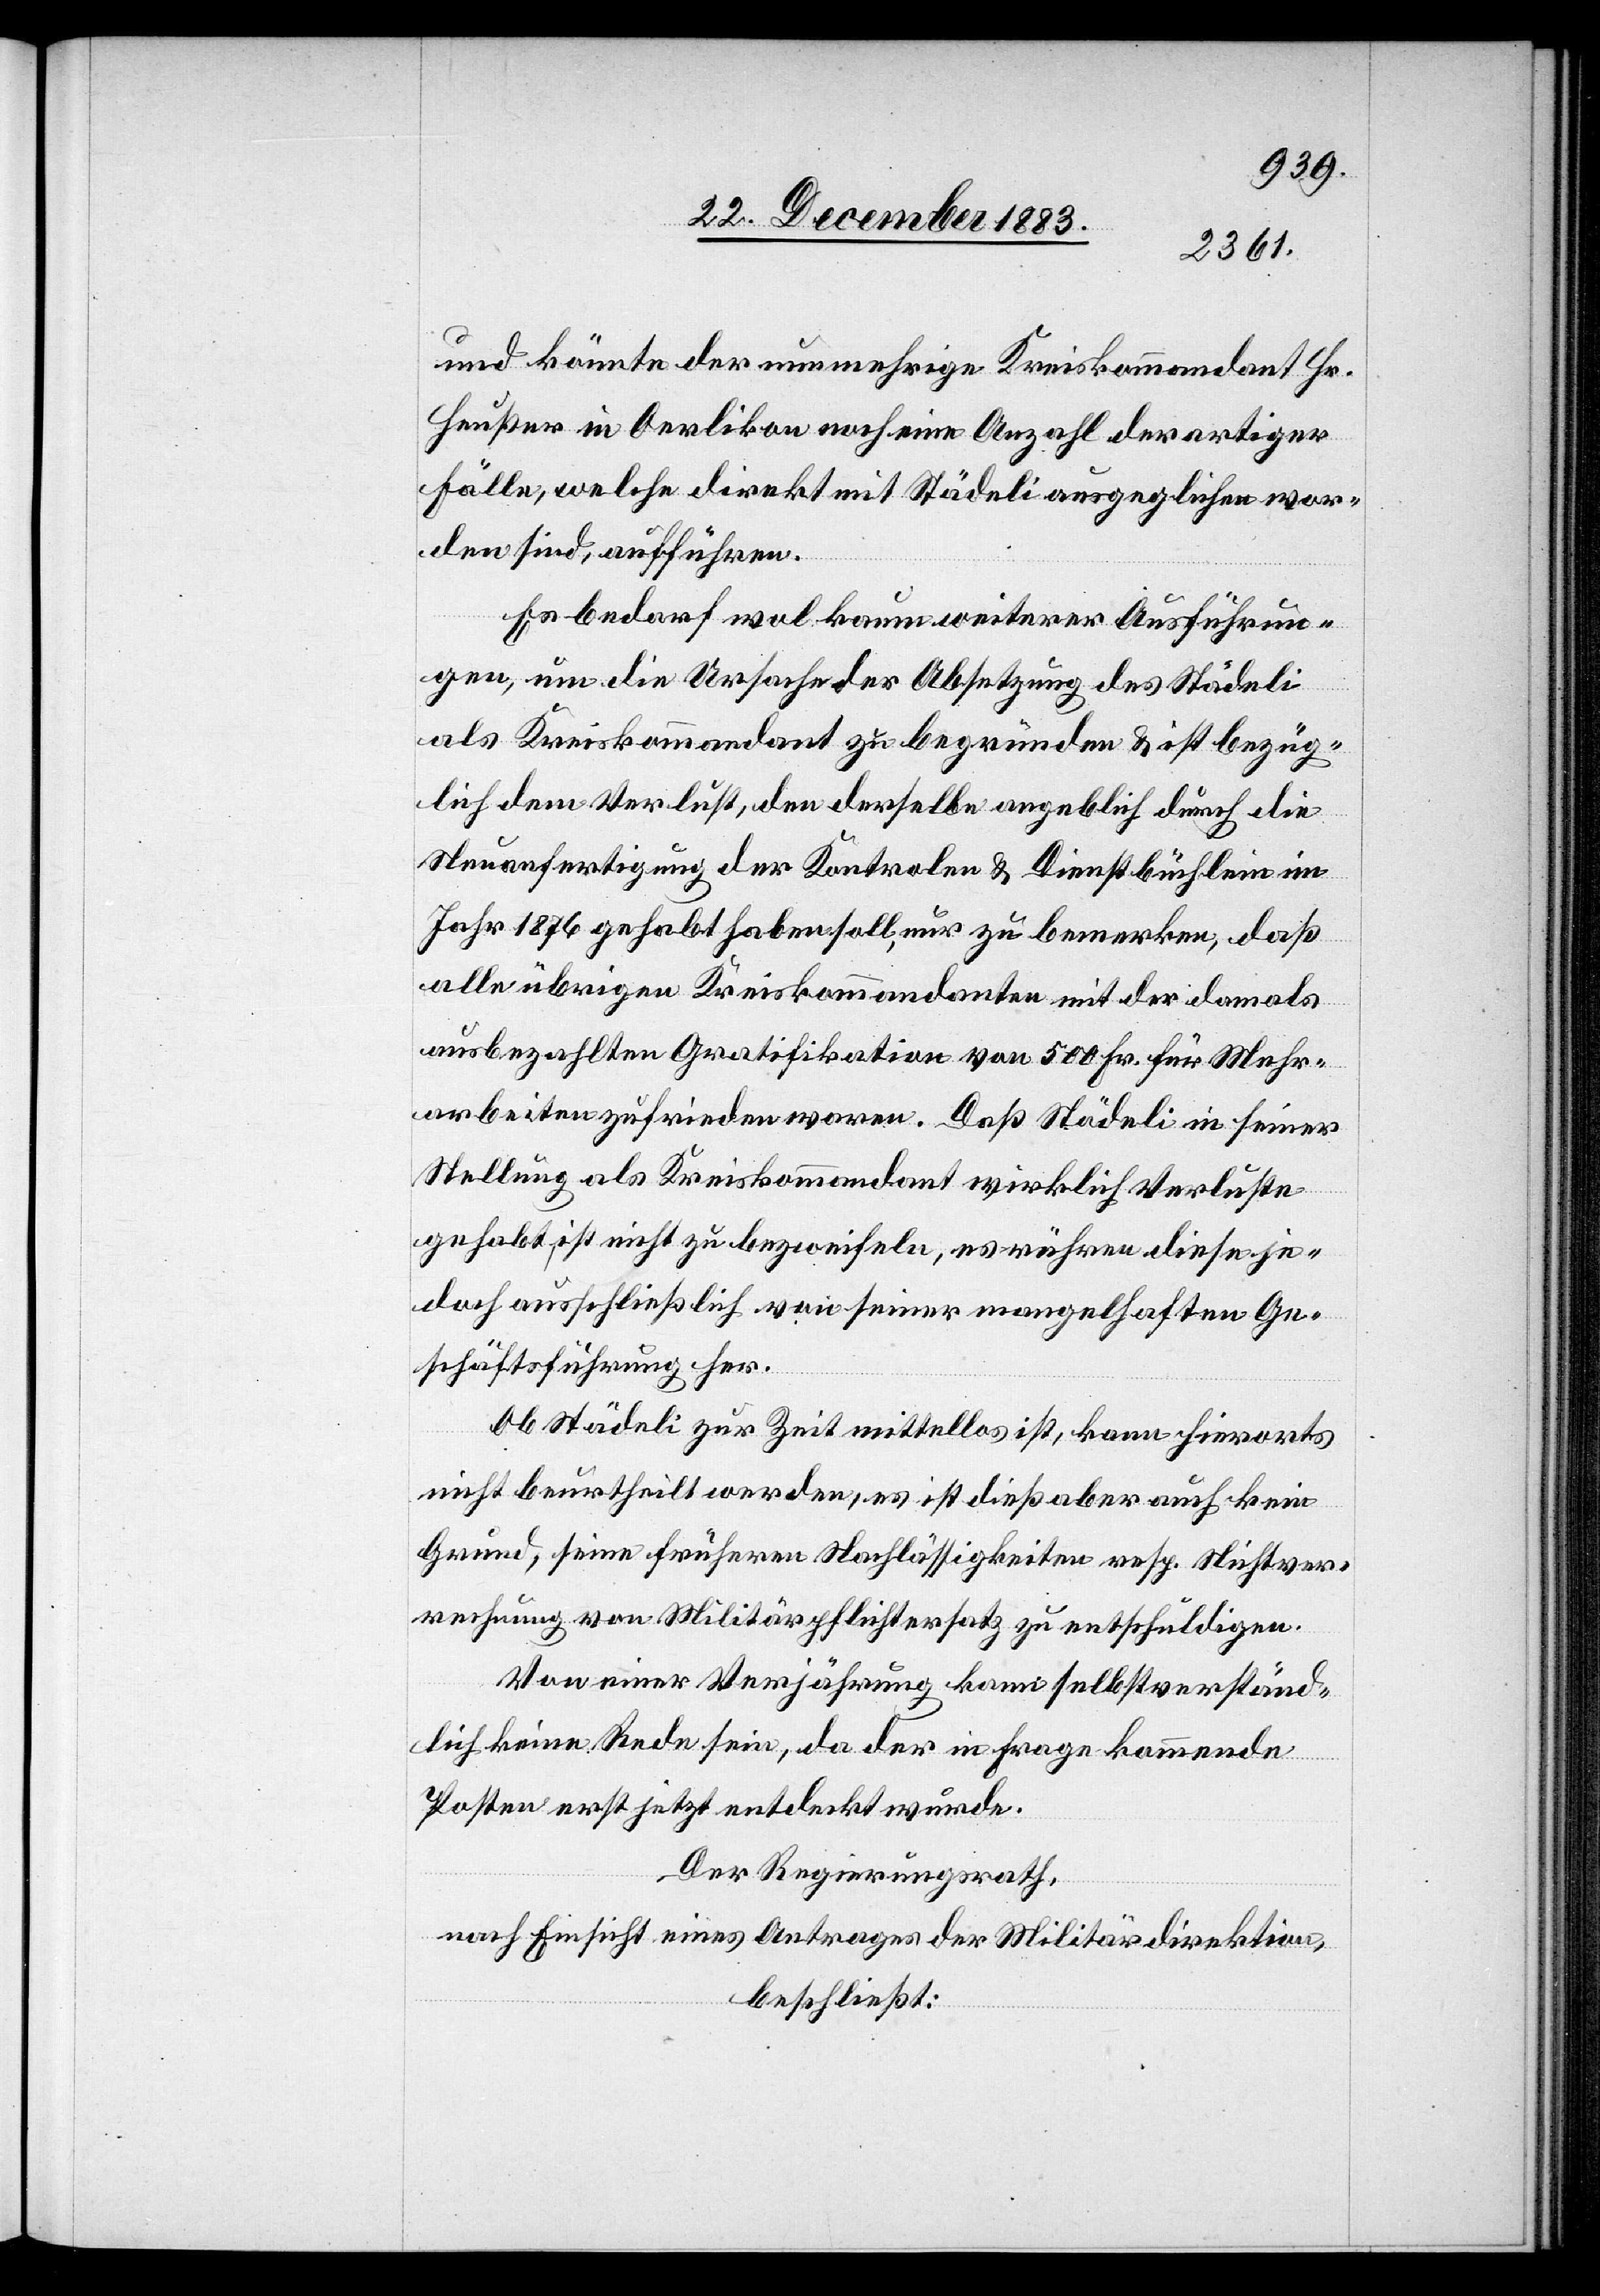
und könnte der nunmehrige Kreiskommandant Hr.
Heußer in Oerlikon noch eine Anzahl derartiger
Fälle welche direkt mit Städeli ausgeglichen wor¬
den sind, aufführen.
Es bedarf wol kaum weiterer Ausführun¬
gen, um die Ursache der Absetzung des Städeli
als Kreiskommandant zu begründen & ist bezüg¬
lich dem Verlust, den derselben angeblich durch die
Neuanfertigung der Kontrolen & Dienstbüchlein im
Jahr 1876 gehabt haben soll, nur zu bemerken, daß
alle übrigen Kreiskommandanten mit der damals
ausbezahlten Gratifikation von 500 Fr. für Mehr¬
arbeiten zufrieden waren. Daß Städeli in seiner
Stellung als Kreiskommandant wirklich Verluste
gehabt, ist nicht zu bezweifeln, es rühren diese je¬
doch ausschließlich von seiner mangelhaften Ge¬
schäftsführung her.
Ob Städeli zur Zeit mittellos ist, kann hierorts
nicht beurtheilt werden, es ist dieß aber auch kein
Grund, seine früheren Nachlässigkeiten resp. Nichtver¬
rechnung von Militärpflichtersatz zu entschuldigen.
Von einer Verjährung dann selbstverständ¬
lich keine Rede sein, da der in Frage kommende
Posten erst jetzt entdeckt wurde.
Der Regierungsrath,
nach Einsicht eines Antrages der Militärdirektion,
beschließt: